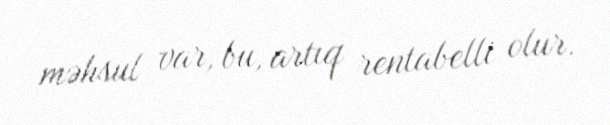
məhsul var, bu, artıq rentabelli olur.